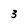
Character: 3